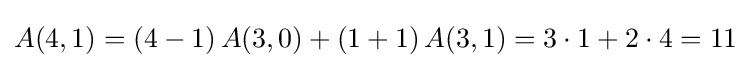
A(4,1)=(4-1)\,A(3,0)+(1+1)\,A(3,1)=3\cdot 1+2\cdot 4=11